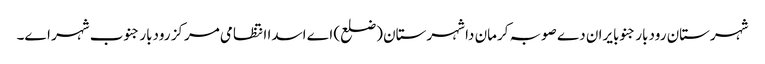
شہرستان رودبار جنوبایران دے صوبہ کرمان دا شہرستان (ضلع) اے اسدا انتظامی مرکز رودبار جنوب شہر اے۔